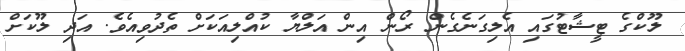
ލޫކްގެ ޓީޝާޓުގައި އެލިގަނެގެން ރޯން އިން އަލްޔާ ކުއްލިއަކަށް ތެދުވިއެވެ. އަދި ލޫކަށް